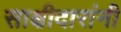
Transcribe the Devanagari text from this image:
साक्षीदारांनी